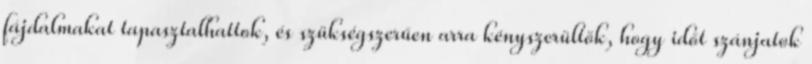
fájdalmakat tapasztalhattok, és szükségszerűen arra kényszerültök, hogy időt szánjatok